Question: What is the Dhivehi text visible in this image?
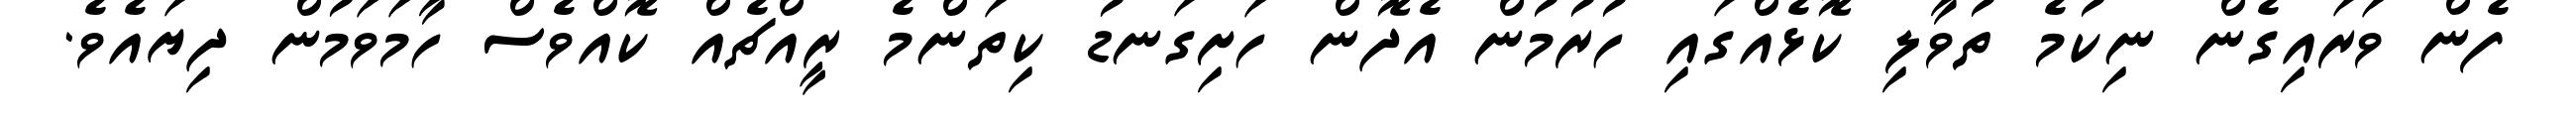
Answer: ފެން ވަރައިގެން ނިކުމެ ތުވާލި ކޮޅެއްގައި ހުރުމުން އެދޮން ހަށިގަނޑު ކިތަންމެ ރީއްޗެއް ކޮއްވެސް ހާމަވަމުން ދިޔައެވެ.